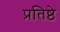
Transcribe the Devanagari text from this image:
प्रतिष्ठे